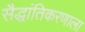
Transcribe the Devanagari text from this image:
सैद्धांतिकरणाला